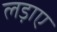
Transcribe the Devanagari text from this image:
लड़ाए